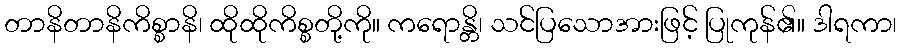
တာနိတာနိကိစ္စာနိ၊ ထိုထိုကိစ္စတို့ကို။ ကရောန္တိ၊ သင်ပြသောအားဖြင့် ပြုကုန်၏။ ဒါရကာ၊